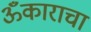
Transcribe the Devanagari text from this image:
ॐकाराचा